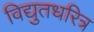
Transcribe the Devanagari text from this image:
विद्युतधरित्र